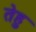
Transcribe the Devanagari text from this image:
तेहु